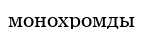
монохромды